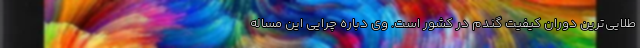
طلایی‌ترین دوران کیفیت گندم در کشور است‌. وی دباره چرایی این مساله